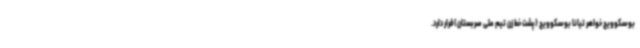
بوسکوویچ خواهر تیانا بوسکوویچ (پشت خط زن تیم ملی صربستان)قرار دارد.